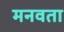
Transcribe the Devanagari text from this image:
मनवता